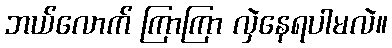
ဘယ်လောက် ကြာကြာ လှဲနေရပါမလဲ။